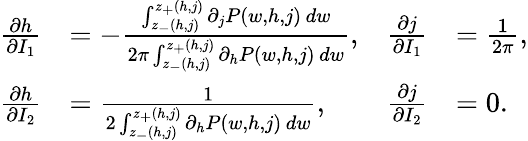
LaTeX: \begin{array}{rlrl}{\frac{\partial h}{\partial I_{1}}}&{=-\frac{\int_{z_{-}(h,j)}^{z_{+}(h,j)}\partial_{j}P(w,h,j)\, dw}{2\pi\int_{z_{-}(h,j)}^{z_{+}(h,j)}\partial_{h}P(w,h,j)\, dw},}&{\frac{\partial j}{\partial I_{1}}}&{=\frac{1}{2\pi},}\\ {\frac{\partial h}{\partial I_{2}}}&{=\frac{1}{2\int_{z_{-}(h,j)}^{z_{+}(h,j)}\partial_{h}P(w,h,j)\, dw},}&{\frac{\partial j}{\partial I_{2}}}&{=0.}\end{array}